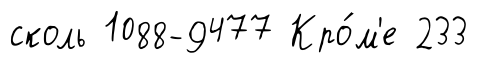
сколь 1088-9477 Кро́м'е 233